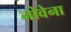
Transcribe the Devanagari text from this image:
नोवेना